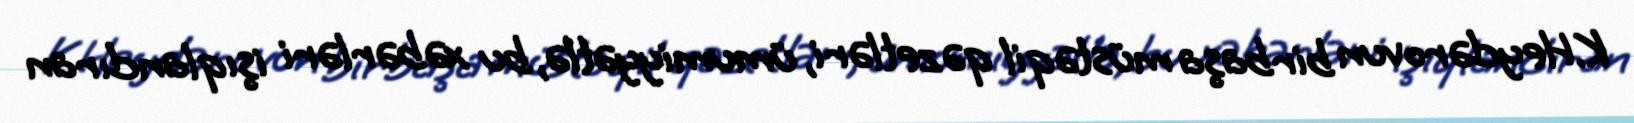
K.Heydərovun birbaşa müstəqil qəzetləri, ümumiyyətlə, bu xəbərləri işıqlandıran